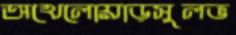
অখেলোয়াড়সুলভ